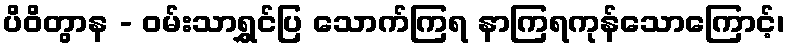
ပိဝိတွာန - ဝမ်းသာရွှင်ပြ သောက်ကြရ နာကြရကုန်သောကြောင့်၊